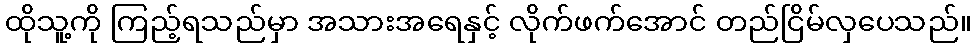
ထိုသူ့ကို ကြည့်ရသည်မှာ အသားအရေနှင့် လိုက်ဖက်အောင် တည်ငြိမ်လှပေသည်။